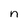
Character: n